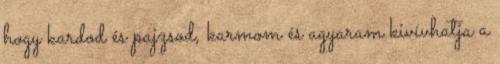
hogy kardod és pajzsod, karmom és agyaram kivívhatja a